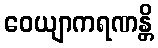
ဝေယျာကရဏန္တိ